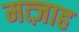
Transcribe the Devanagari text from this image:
मत्ज़ाह